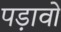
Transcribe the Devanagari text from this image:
पड़ावो